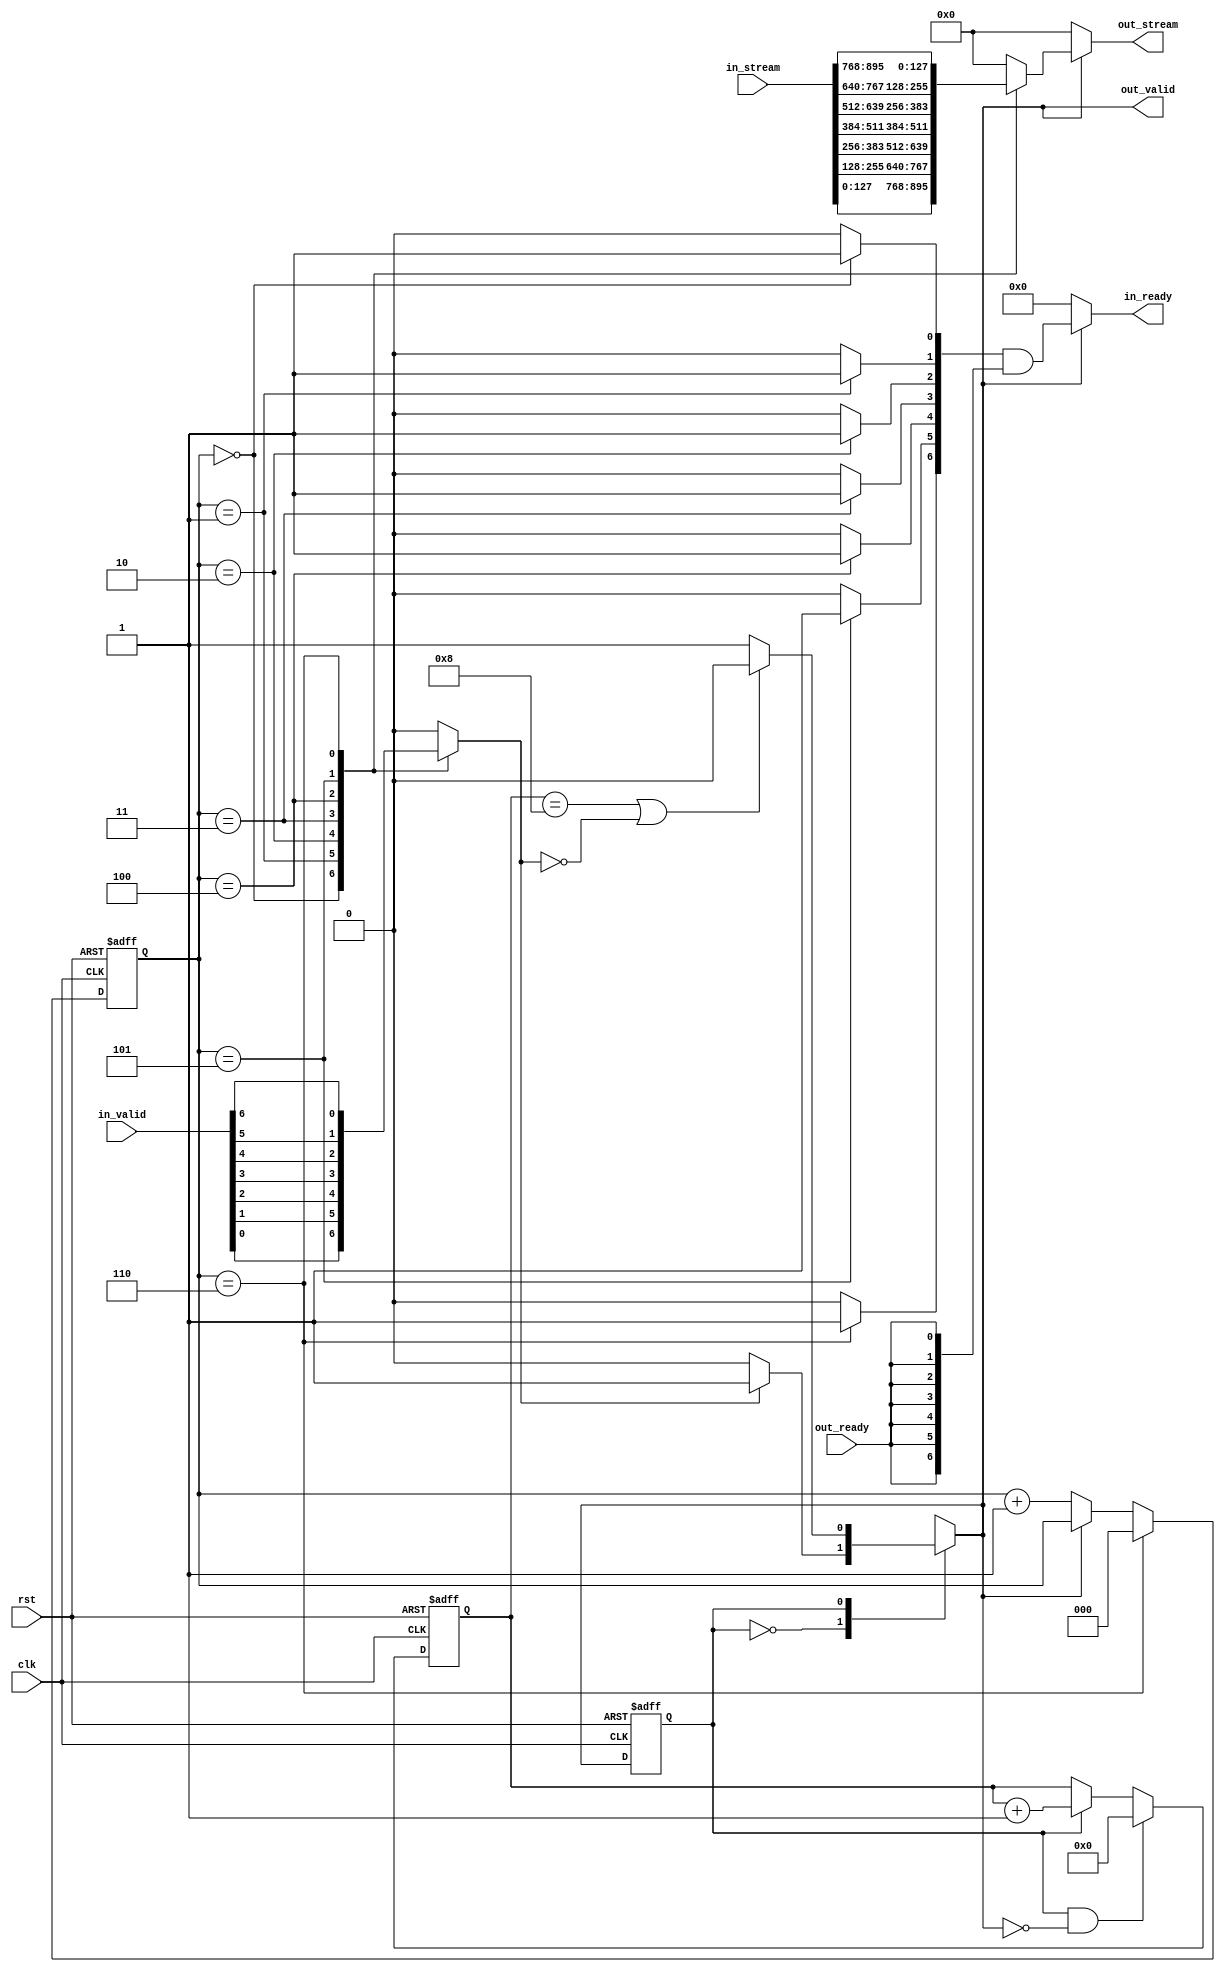
// an arbitrator connecting many serializers to one avalon bus bridge
module bus_switch #(
    parameter BUS_WIDTH = 128,
    parameter LEVELS = 7,  
    parameter INPUT_WIDTH = BUS_WIDTH * LEVELS
) (
    input                   clk, rst, 
    input [LEVELS-1:0]      in_valid, 
    input                   out_ready,
    input [INPUT_WIDTH-1:0] in_stream,
    output                  out_valid, 
    output [LEVELS-1:0]     in_ready, 
    output [BUS_WIDTH-1:0]  out_stream 
); 

localparam SEEK_COUNTER_MAX = LEVELS-1; 
localparam SEEK_COUNTER_WIDTH = $clog2(SEEK_COUNTER_MAX); 
localparam GRANT_COUNTER_MAX = 9; 
localparam GRANT_COUNTER_WIDTH = $clog2(GRANT_COUNTER_MAX); 

localparam S_SEEK = 0; 
localparam S_GRANT = 1; 

reg current_state, next_state; 

reg request_mux; 
reg [LEVELS-1:0] grant_demux; 

reg [BUS_WIDTH-1:0] out_stream_buf; 

reg [SEEK_COUNTER_WIDTH-1:0] seek_count; 
reg [GRANT_COUNTER_WIDTH-1:0] grant_count; 

// output logic 
assign out_valid =  !(next_state == S_SEEK); 
assign in_ready  =  !(next_state == S_SEEK)? grant_demux & {LEVELS{out_ready}}  : 'd0; 
assign out_stream = !(next_state == S_SEEK)? out_stream_buf : 'd0;

always @(*) begin 
    request_mux = 0; 

    // need to manually change if LEVELS changes T_T
    case (seek_count) 
        'd0: request_mux = in_valid[0];  
        'd1: request_mux = in_valid[1]; 
        'd2: request_mux = in_valid[2]; 
        'd3: request_mux = in_valid[3]; 
        'd4: request_mux = in_valid[4]; 
        'd5: request_mux = in_valid[5]; 
        'd6: request_mux = in_valid[6]; 
        default: request_mux = 0; 
    endcase
end

always @(*) begin 
    grant_demux = 'd0; 
    out_stream_buf = 'd0; 

    case (seek_count) 
    'd0: begin 
        grant_demux[0] = 1'b1;
        out_stream_buf = in_stream[0*BUS_WIDTH +: BUS_WIDTH]; 
    end
    'd1: begin 
        grant_demux[1] = 1'b1;
        out_stream_buf = in_stream[1*BUS_WIDTH +: BUS_WIDTH]; 
    end
    'd2: begin 
        grant_demux[2] = 1'b1;
        out_stream_buf = in_stream[2*BUS_WIDTH +: BUS_WIDTH]; 
    end
    'd3: begin 
        grant_demux[3] = 1'b1;
        out_stream_buf = in_stream[3*BUS_WIDTH +: BUS_WIDTH]; 
    end
    'd4: begin 
        grant_demux[4] = 1'b1;
        out_stream_buf = in_stream[4*BUS_WIDTH +: BUS_WIDTH]; 
    end
    'd5: begin 
        grant_demux[5] = 1'b1;
        out_stream_buf = in_stream[5*BUS_WIDTH +: BUS_WIDTH]; 
    end
    'd6: begin 
        grant_demux[6] = 1'b1;
        out_stream_buf = in_stream[6*BUS_WIDTH +: BUS_WIDTH]; 
    end
    default: begin 
        grant_demux = 'd0; 
        out_stream_buf = 'd0; 
    end
    endcase
end

always @(posedge clk, posedge rst) begin 
    if (rst) begin 
        seek_count <= 'd0; 
    end
    else if (seek_count == SEEK_COUNTER_MAX) begin 
        seek_count <= 'd0; 
    end
    else if (next_state == S_SEEK) begin 
        seek_count <= seek_count + 'd1; 
    end
end

always @(posedge clk, posedge rst) begin 
    if (rst) begin 
        grant_count <= 0; 
    end
    else if (current_state == S_GRANT && next_state == S_SEEK) begin 
        grant_count <= 0; 
    end
    else if (current_state == S_GRANT) begin 
        grant_count <= grant_count + 'd1; 
    end
end

always @(*) begin 
    next_state = current_state; // default 

    case (current_state) 
        S_SEEK: begin 
            if (request_mux) begin 
                next_state = S_GRANT; 
            end
        end
        S_GRANT: begin 
            if (grant_count == GRANT_COUNTER_MAX-1 || !request_mux) begin 
                next_state = S_SEEK;
            end
        end
    endcase
end

always @(posedge clk, posedge rst) begin 
    if (rst) begin 
        current_state <= S_SEEK; 
    end
    else begin 
        current_state <= next_state; 
    end
end

endmodule